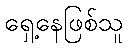
ရှေ့နေဖြစ်သူ